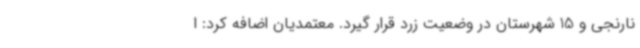
نارنجی و 15 شهرستان در وضعیت زرد قرار گیرد. معتمدیان اضافه کرد: ا